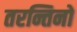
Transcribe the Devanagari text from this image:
तरन्तिनो